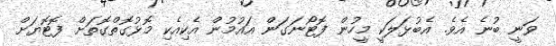
ވަނީ ބުނެ އެވެ. އެބުޅަލަކީ މީހުން ފޮޓޯނަގަން އައުމުން އެކިއެކި މޮޅުގޮތްގޮތަށް ފޮޓޮޔަށް